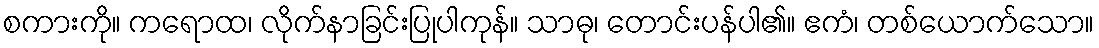
စကားကို။ ကရောထ၊ လိုက်နာခြင်းပြုပါကုန်။ သာဓု၊ တောင်းပန်ပါ၏။ ဧကံ၊ တစ်ယောက်သော။